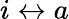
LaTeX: i\leftrightarrow a